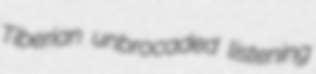
Tiberian unbrocaded listening